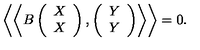
\left\langle \left\langle B \left( \begin{array} { c } { X } \\ { X } \\ \end{array} \right) , \left( \begin{array} { c } { Y } \\ { Y } \\ \end{array} \right) \right\rangle \right\rangle = 0 .